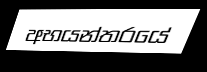
අභයන්තරයේ